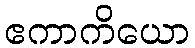
ဧကာကိယော